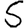
Digit: 5